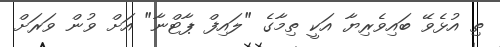
ތި އުޅެވޭ ބައިވެރިޔާ އަކީ ތިމާގެ "ލައިފް ޕާޓްނާ" އަށް ވުން ވަރަށް